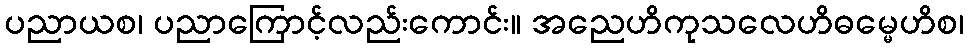
ပညာယစ၊ ပညာကြောင့်လည်းကောင်း။ အညေဟိကုသလေဟိဓမ္မေဟိစ၊